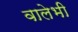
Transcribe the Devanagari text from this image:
वालेभी